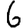
Digit: 6